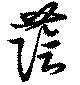
蔭